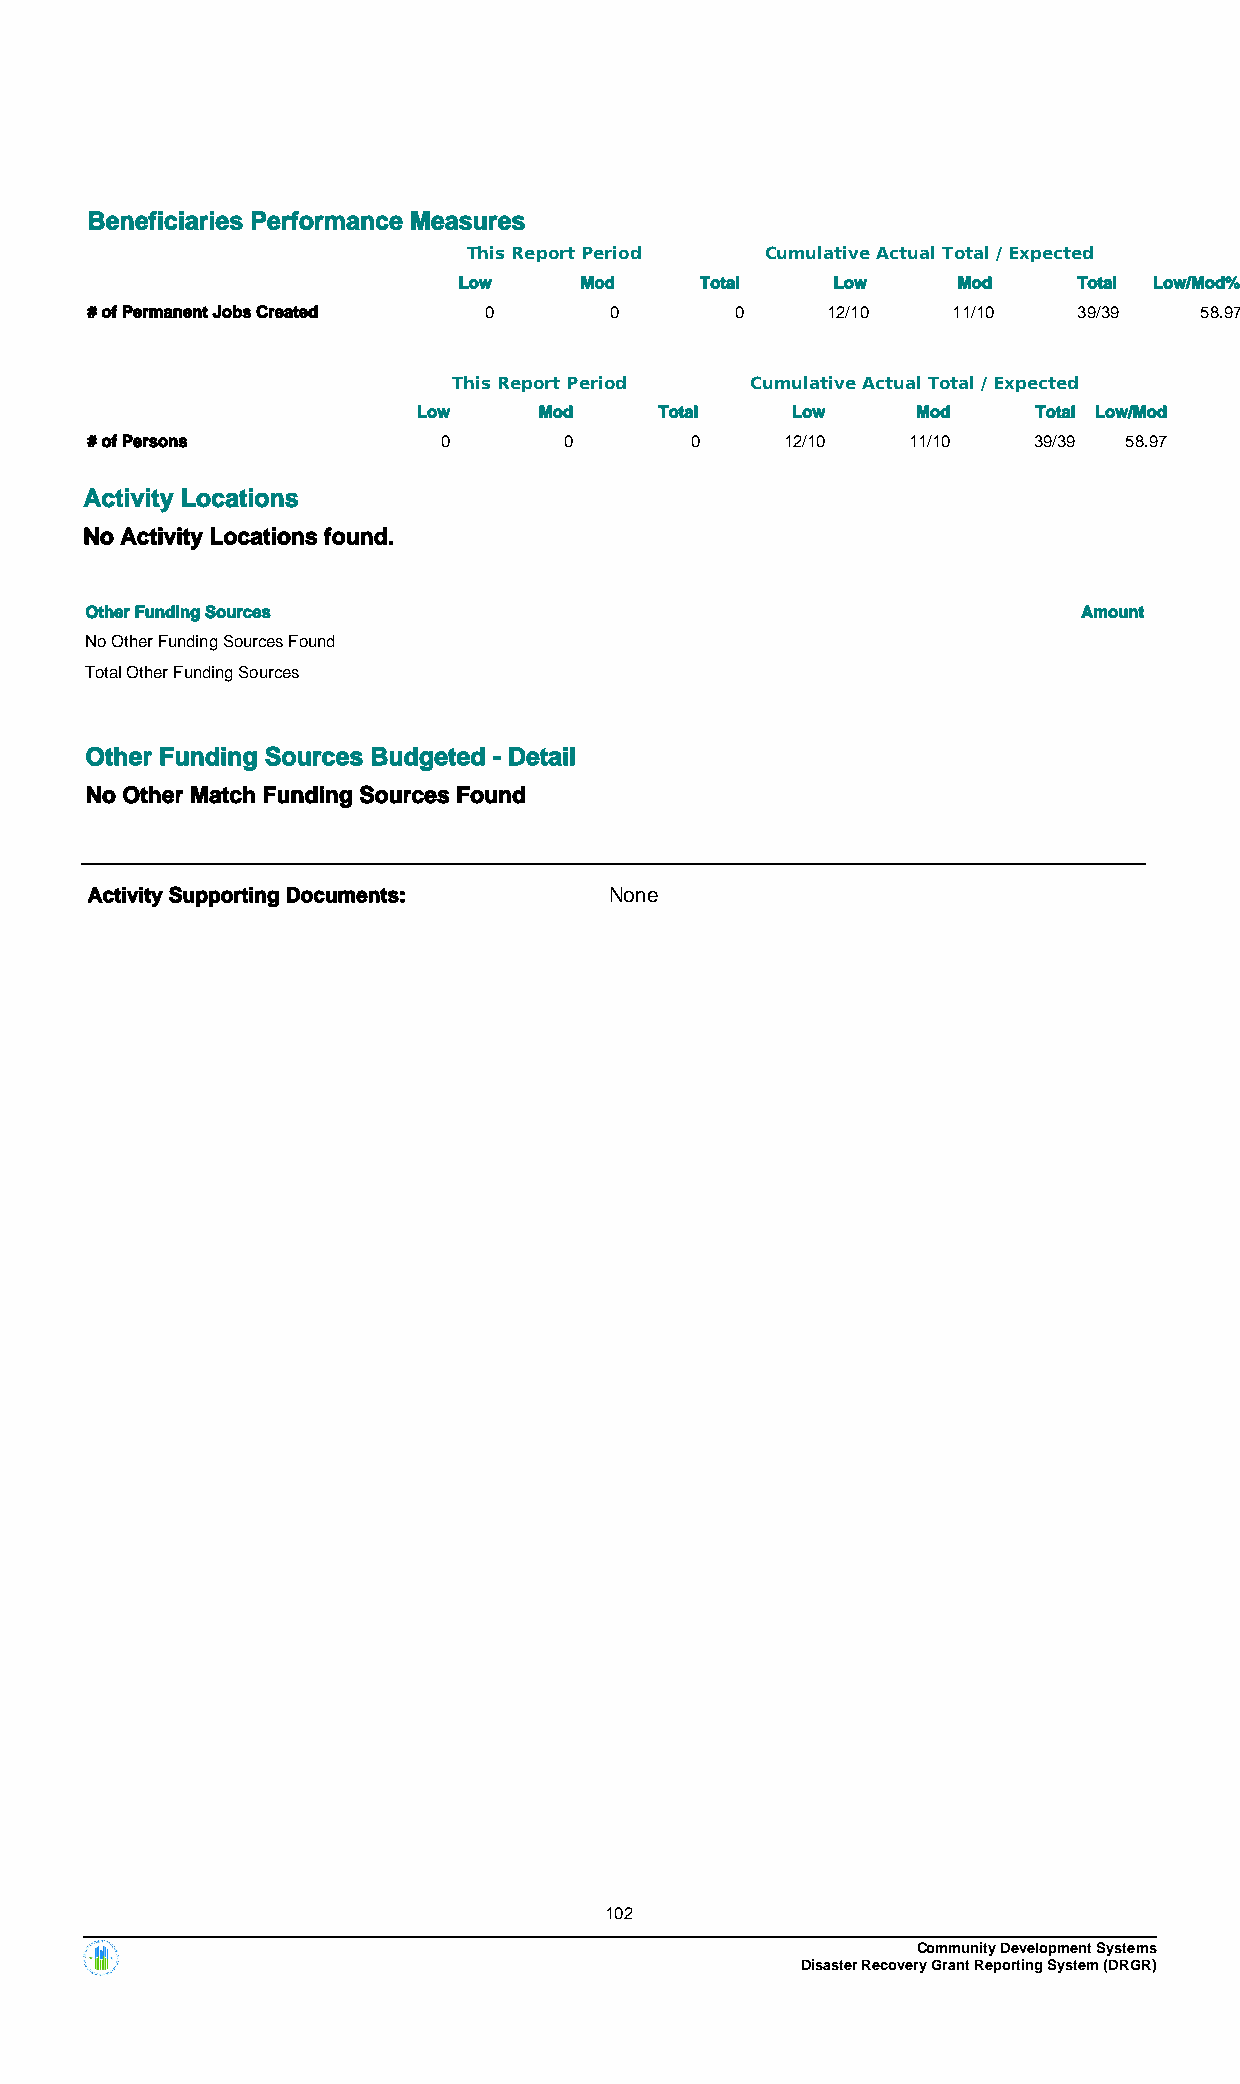
Beneficiaries Performance Measures
 This Report Period  Cumulative Actual Total / Expected
 Low     Mod     Total    Low     Mod     Total Low/Mod%
 # of Permanent Jobs Created 0     0        0     12/10   11/10   39/39   58.97
 This Report Period  Cumulative Actual Total / Expected
 Low     Mod     Total   Low      Mod     Total Low/Mod
 # of Persons           0       0        0     12/10   11/10   39/39 58.97
 Activity Locations
 No Activity Locations found.
 Other Funding Sources                                             Amount
 No Other Funding Sources Found
 Total Other Funding Sources
 Other Funding Sources Budgeted - Detail
 No Other Match Funding Sources Found
 Activity Supporting Documents:    None
 102
 Community Development Systems
 Disaster Recovery Grant Reporting System (DRGR)